Indian journal of veterinary science and animal husbandry - Volumes 18-21, 1948-1951
Year: 1948
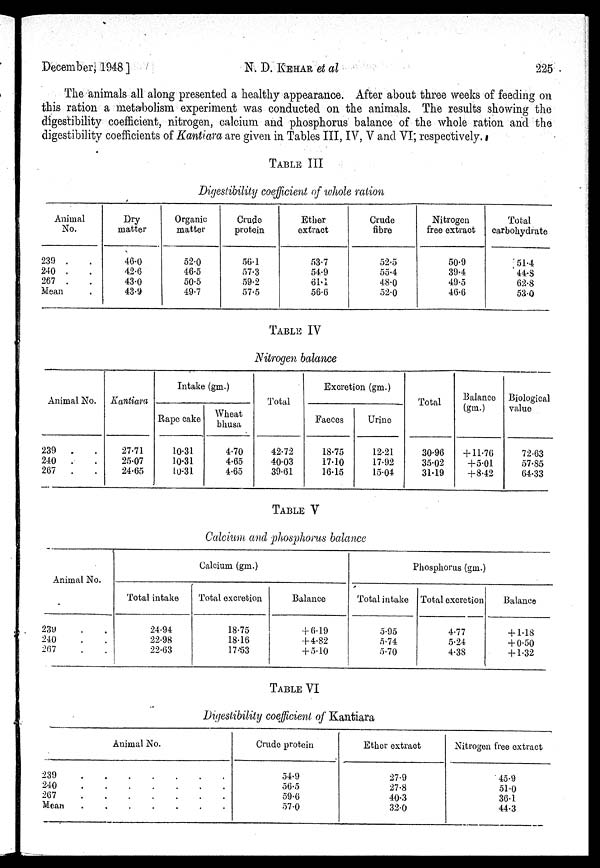
December, 1948]
N. D. KEHAR et al
225
The animals all along presented a healthy appearance. After about three weeks of feeding on
this ration a metabolism experiment was conducted on the animals. The results showing the
digestibility coefficient, nitrogen, calcium and phosphorus balance of the whole ration and the
digestibility coefficients of Kantiara are given in Tables III, IV, V and VI, respectively.
TABLE III
Digestibility coefficient of whole ration
Animal
No.
239 . .
240 . .
267 . .
Mean .
Dry
matter
46.0
42.6
43.0
43.9
Organic
matter
52.0
46.5
50.5
49.7
Crude
protein
56.1
57.3
59.2
57.5
Ether
extract
53.7
54.9
61.1
56.6
Crude
fibre
52.5
55.4
48.0
52.0
Nitrogen
free extract
50.9
39.4
49.5
46.6
Total
carbohydrate
51.4
44.8
62.8
53.0
TABLE IV
Nitrogen balance
Animal No.
239 . .
240 . .
267 . .
Kantiara
27.71
25.07
24.65
Intake (gm.)
Rape cake
10.31
10.31
10.31
Wheat
bhusa
4.70
4.65
4.65
Total
42.72
40.03
39.61
Excretion (gm.)
Faeces
18.75
17.10
16.15
Urine
12.21
17.92
15.04
Total
30.96
35.02
31.19
Balance
(gm.)
+ 11.76
+ 5.01
+ 8.42
Biological
value
72.63
57.85
64.33
TABLE V
Calcium and phosphorus balance
Animal No.
239 . .
240 . .
267 . .
Calcium (gm.)
Total intake
24.94
22.98
22.63
Total excretion
18.75
18.16
17.53
Balance
+ 6.19
+ 4.82
+ 5.10
Phosphorus (gm.)
Total intake
5.95
5.74
5.70
Total excretion
4.77
5.24
4.38
Balance
+ 1.18
+ 0.50
+ 1.32
TABLE VI
Digestibility coefficient of Kantiara
Animal No.
239 . . . . . . .
240. . . . . . .
267. . . . . . .
Mean.
.
.
.
.
.
.
Crude protein
54.9
56.5
59.6
57.0
Ether extract
27.9
27.8
40.3
32.0
Nitrogen free extract
45.9
51.0
36.1
44.3